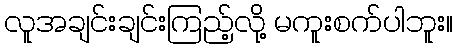
လူအချင်းချင်းကြည့်လို့ မကူးစက်ပါဘူး။